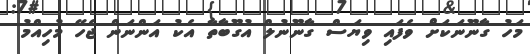
މަހު ގާނޫނަކަށް ވެފައި ވިޔަސް ގާނޫނުލް އުގޫބާތާ އެކު އަންނަން ޖެހޭ މުހިއްމު